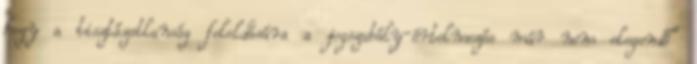
hogy a tisztázatlanság feloldására a jogszabály-értelmezés már nem elegendő”